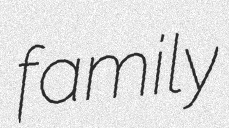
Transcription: family